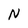
Character: N